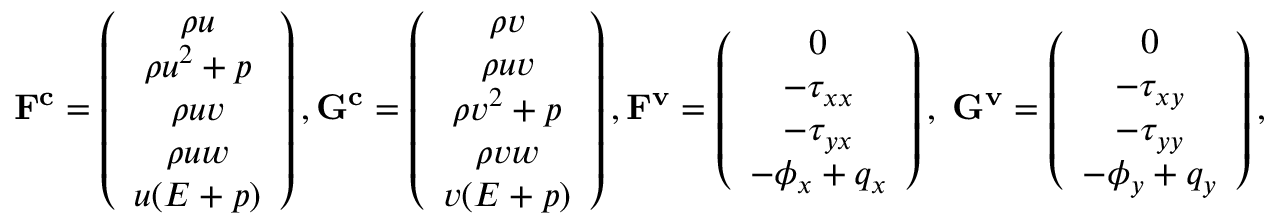
\mathbf { F ^ { c } } = \left( \begin{array} { c } { \rho u } \\ { \rho u ^ { 2 } + p } \\ { \rho u v } \\ { \rho u w } \\ { u ( E + p ) } \end{array} \right) , \mathbf { G ^ { c } } = \left( \begin{array} { c } { \rho v } \\ { \rho u v } \\ { \rho v ^ { 2 } + p } \\ { \rho v w } \\ { v ( E + p ) } \end{array} \right) , \mathbf { F ^ { v } } = \left( \begin{array} { c } { 0 } \\ { - \tau _ { x x } } \\ { - \tau _ { y x } } \\ { - \phi _ { x } + q _ { x } } \end{array} \right) , \; \mathbf { G ^ { v } } = \left( \begin{array} { c } { 0 } \\ { - \tau _ { x y } } \\ { - \tau _ { y y } } \\ { - \phi _ { y } + q _ { y } } \end{array} \right) ,